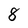
Character: 8